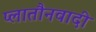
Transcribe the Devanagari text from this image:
प्लातौनवादी